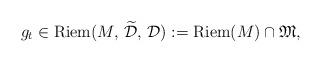
LaTeX: \begin{align*} g_t\in{\rm Riem}(M,\,\widetilde{\cal D},\,{\cal D}) := {\rm Riem}(M) \cap {\mathfrak M},\end{align*}